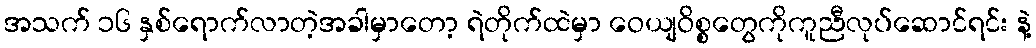
အသက် ၁၆ နှစ်ရောက်လာတဲ့အခါမှာတော့ ရဲတိုက်ထဲမှာ ဝေယျဝိစ္စတွေကိုကူညီလုပ်ဆောင်ရင်း နဲ့